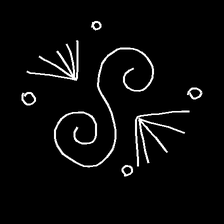
Glyph: aeroform